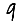
Digit: 9